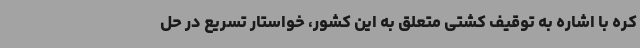
کره با اشاره به توقیف کشتی متعلق به این کشور، خواستار تسریع در حل